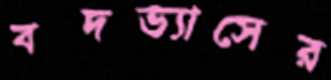
বদভ্যাসের